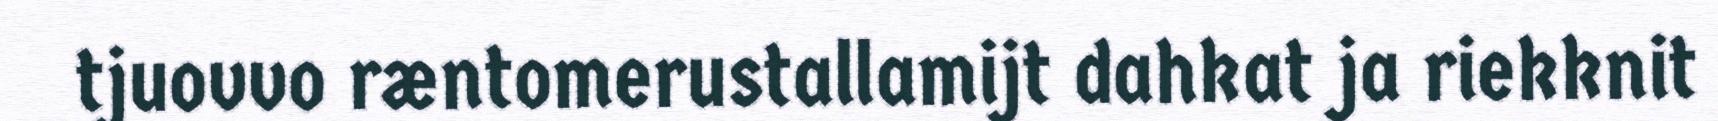
tjuovvo ræntomerustallamijt dahkat ja riekknit